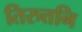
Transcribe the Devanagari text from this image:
तिरुत्तनि